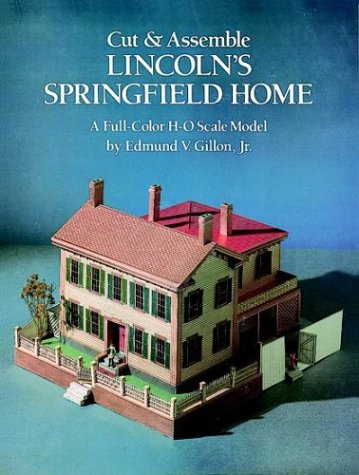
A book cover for Cut & Assemble Lincoln's Springfield Home; Edmund V. Gillon Jr.; Teen & Young Adult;